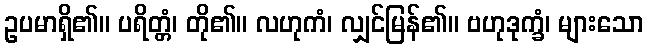
ဥပမာရှိ၏။ ပရိတ္တံ၊ တို၏။ လဟုကံ၊ လျှင်မြန်၏။ ဗဟုဒုက္ခံ၊ များသော